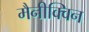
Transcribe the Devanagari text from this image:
मैनीक्विन